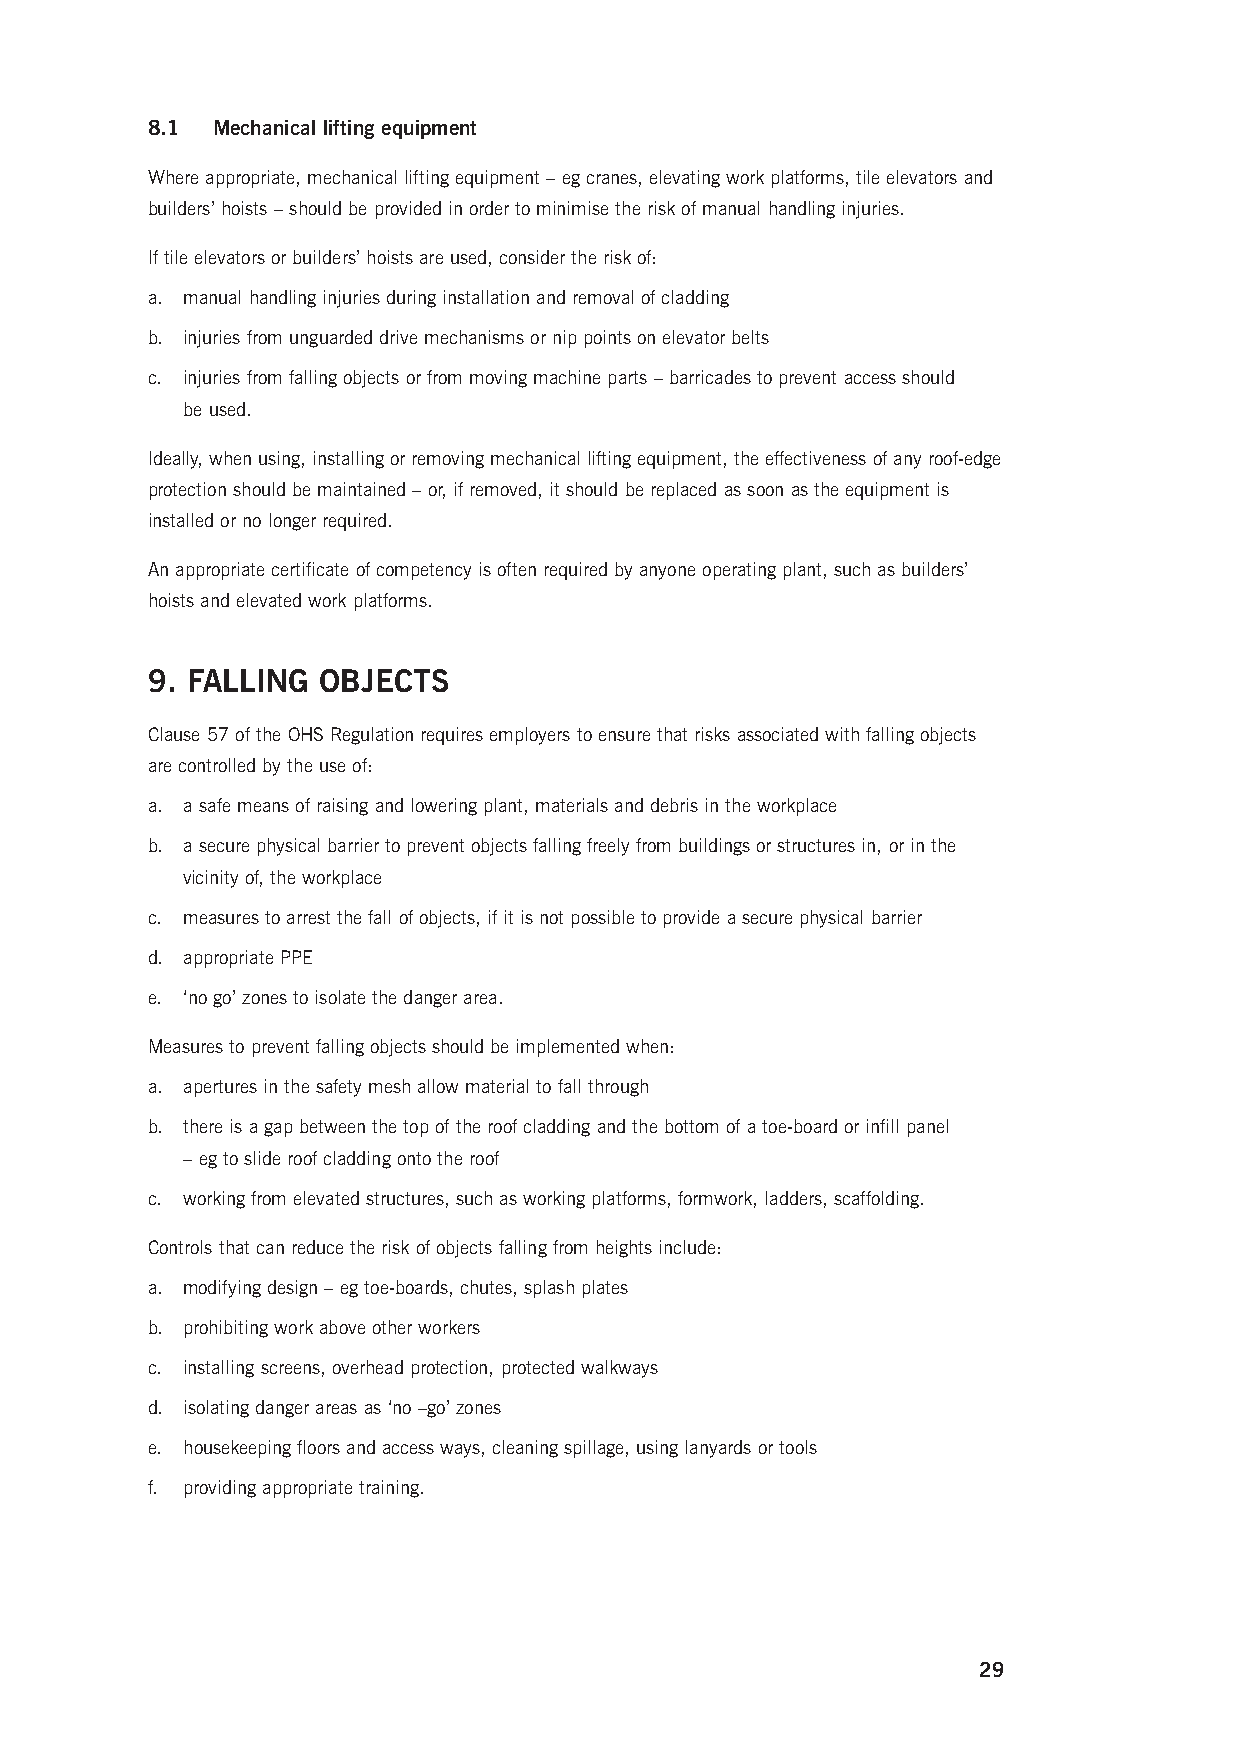
8.1 Mechanical lifting equipment
 Where appropriate, mechanical lifting equipment – eg cranes, elevating work platforms, tile elevators and
 builders’ hoists – should be provided in order to minimise the risk of manual handling injuries.
 If tile elevators or builders’ hoists are used, consider the risk of:
 a. manual handling injuries during installation and removal of cladding
 b. injuries from unguarded drive mechanisms or nip points on elevator belts
 c. injuries from falling objects or from moving machine parts – barricades to prevent access should
 be used.
 Ideally, when using, installing or removing mechanical lifting equipment, the effectiveness of any roof-edge
 protection should be maintained – or, if removed, it should be replaced as soon as the equipment is
 installed or no longer required.
 An appropriate certificate of competency is often required by anyone operating plant, such as builders’
 hoists and elevated work platforms.
 9. FALLING OBJECTS
 Clause 57 of the OHS Regulation requires employers to ensure that risks associated with falling objects
 are controlled by the use of:
 a. a safe means of raising and lowering plant, materials and debris in the workplace
 b. a secure physical barrier to prevent objects falling freely from buildings or structures in, or in the
 vicinity of, the workplace
 c. measures to arrest the fall of objects, if it is not possible to provide a secure physical barrier
 d. appropriate PPE
 e. ‘no go’ zones to isolate the danger area.
 Measures to prevent falling objects should be implemented when:
 a. apertures in the safety mesh allow material to fall through
 b. there is a gap between the top of the roof cladding and the bottom of a toe-board or infill panel
 – eg to slide roof cladding onto the roof
 c. working from elevated structures, such as working platforms, formwork, ladders, scaffolding.
 Controls that can reduce the risk of objects falling from heights include:
 a. modifying design – eg toe-boards, chutes, splash plates
 b. prohibiting work above other workers
 c. installing screens, overhead protection, protected walkways
 d. isolating danger areas as ‘no –go’ zones
 e. housekeeping floors and access ways, cleaning spillage, using lanyards or tools
 f. providing appropriate training.
 29